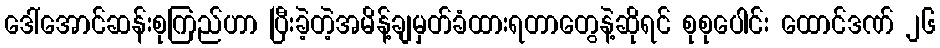
ဒေါ်အောင်ဆန်းစုကြည်ဟာ ပြီးခဲ့တဲ့အမိန့်ချမှတ်ခံထားရတာတွေနဲ့ဆိုရင် စုစုပေါင်း ထောင်ဒဏ် ၂၆